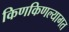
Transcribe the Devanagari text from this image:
किणकिणल्यागत